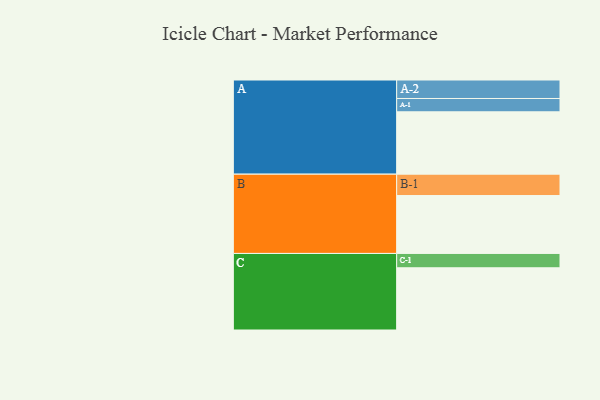
{"axis": {"x": "Segment", "y": "Value"}, "legend": ["", "A", "B", "C"], "data": [{"x": "A", "y": 435, "type": ""}, {"x": "B", "y": 404, "type": ""}, {"x": "C", "y": 434, "type": ""}, {"x": "A-1", "y": 93, "type": "A"}, {"x": "A-2", "y": 129, "type": "A"}, {"x": "B-1", "y": 149, "type": "B"}, {"x": "C-1", "y": 100, "type": "C"}]}